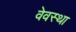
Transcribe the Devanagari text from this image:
वेवस्था